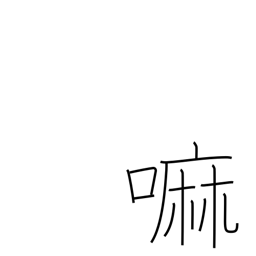
Meaning: wheat